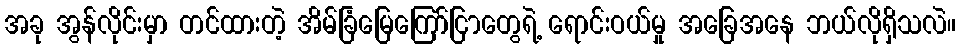
အခု အွန်လိုင်းမှာ တင်ထားတဲ့ အိမ်ခြံမြေကြော်ငြာတွေရဲ့ ရောင်းဝယ်မှု အခြေအနေ ဘယ်လိုရှိသလဲ။